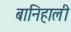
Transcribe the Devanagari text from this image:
बानिहाली